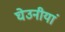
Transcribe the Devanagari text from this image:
घेउनीयां